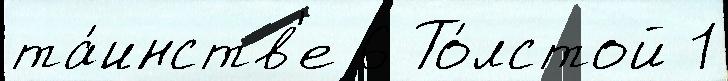
та́инств'е 6 То́лстой 1